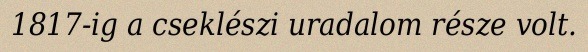
1817-ig a cseklészi uradalom része volt.